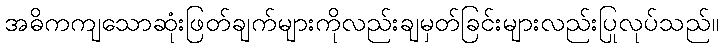
အဓိကကျသောဆုံးဖြတ်ချက်များကိုလည်းချမှတ်ခြင်းများလည်းပြုလုပ်သည်။